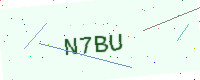
Text: N7BU